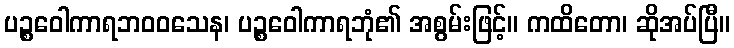
ပဉ္စဝေါကာရဘဝဝသေန၊ ပဉ္စဝေါကာရဘုံ၏ အစွမ်းဖြင့်။ ကထိတော၊ ဆိုအပ်ပြီ။